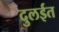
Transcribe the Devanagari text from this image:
दुलईत